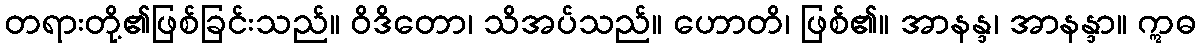
တရားတို့၏ဖြစ်ခြင်းသည်။ ဝိဒိတော၊ သိအပ်သည်။ ဟောတိ၊ ဖြစ်၏။ အာနန္ဒ၊ အာနန္ဒာ။ ဣဓ